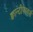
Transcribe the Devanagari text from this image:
क्वान्टीफायर्स